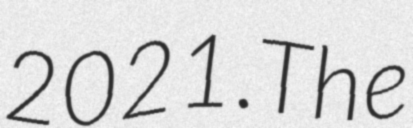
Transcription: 2021.The